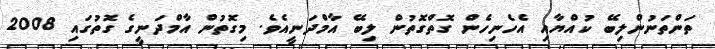
ތަންތަނުންލިބޭ ކުއްޔާއި އެހެނިހެން ގޮތްގޮތުން ލިބޭ އާމްދަނީއެވެ. މިގޮތުން އާމްދަނީގެ ގޮތުގައި 2008